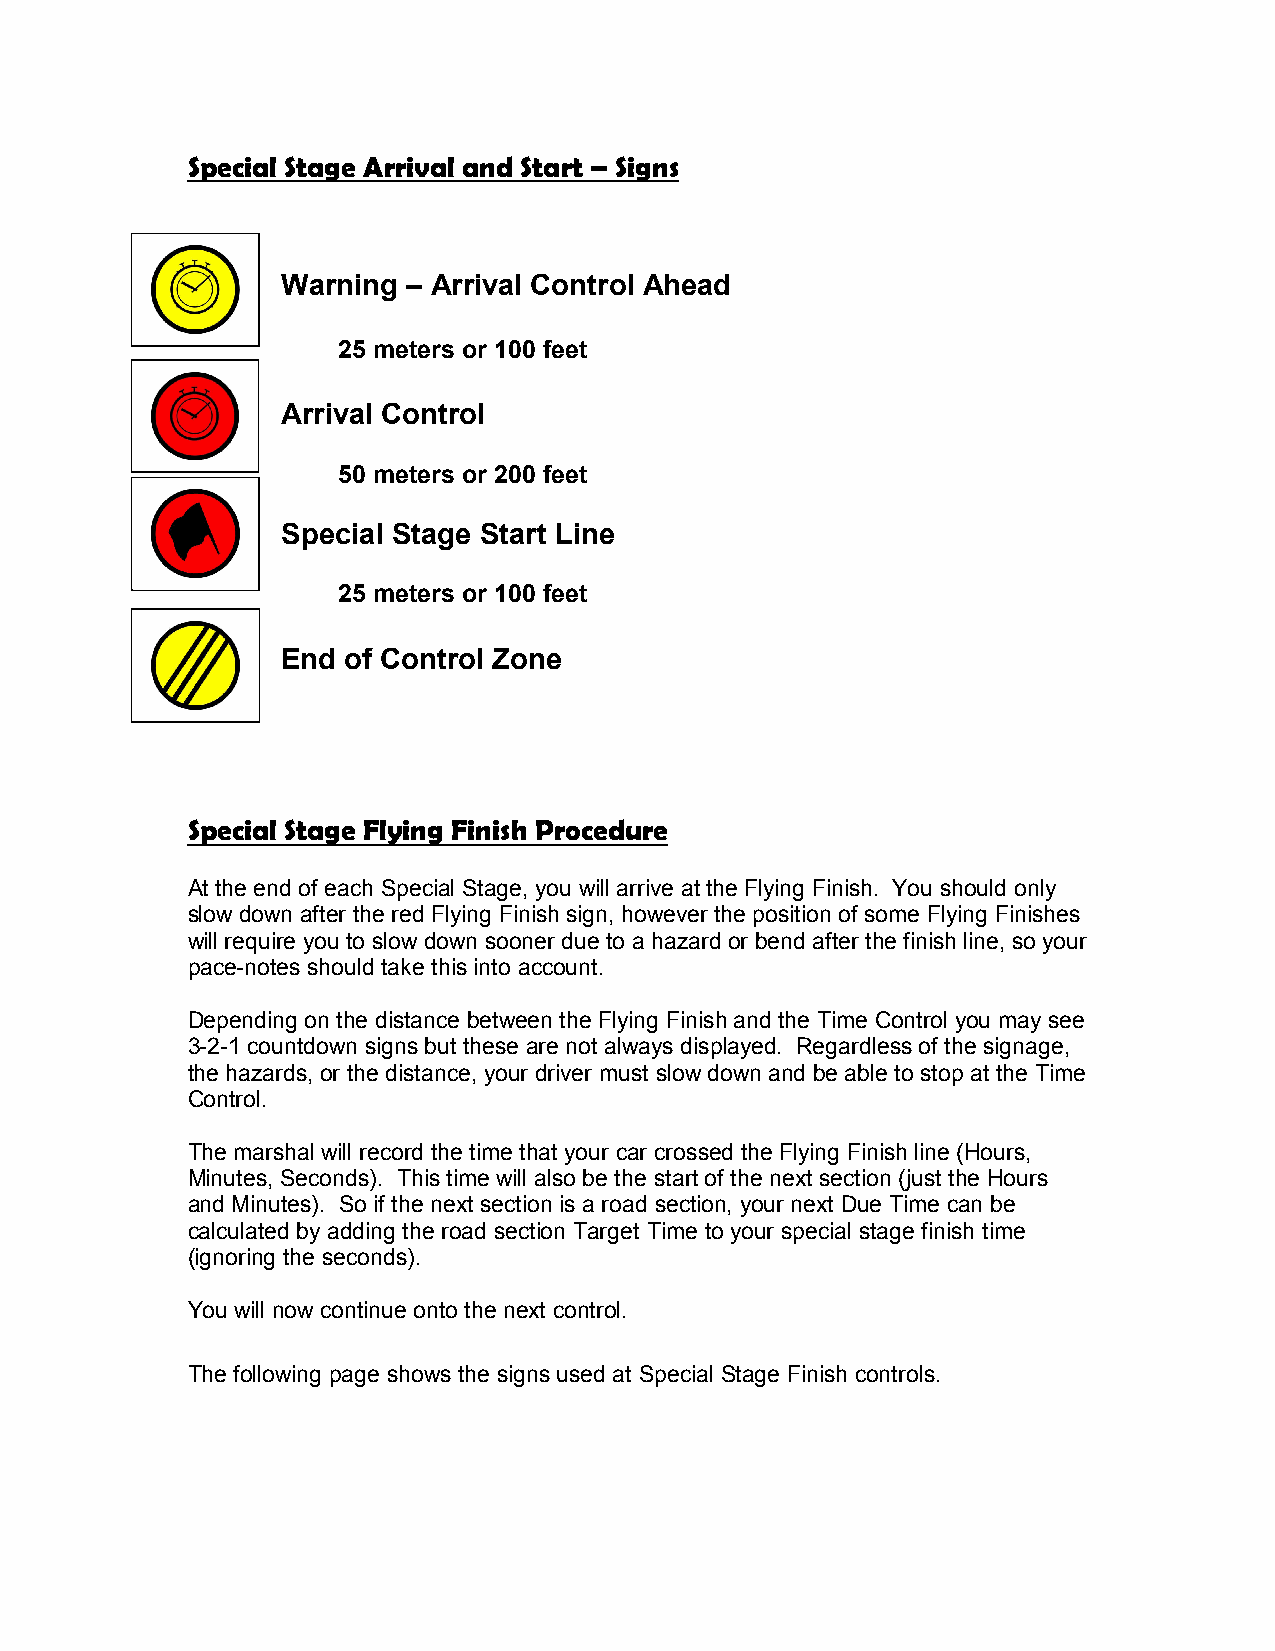
Special Stage Arrival and Start – Signs
 Warning – Arrival Control Ahead
 25 meters or 100 feet
 Arrival Control
 50 meters or 200 feet
 Special Stage Start Line
 25 meters or 100 feet
 End of Control Zone
 Special Stage Flying Finish Procedure
 At the end of each Special Stage, you will arrive at the Flying Finish. You should only
 slow down after the red Flying Finish sign, however the position of some Flying Finishes
 will require you to slow down sooner due to a hazard or bend after the finish line, so your
 pace-notes should take this into account.
 Depending on the distance between the Flying Finish and the Time Control you may see
 3-2-1 countdown signs but these are not always displayed. Regardless of the signage,
 the hazards, or the distance, your driver must slow down and be able to stop at the Time
 Control.
 The marshal will record the time that your car crossed the Flying Finish line (Hours,
 Minutes, Seconds). This time will also be the start of the next section (just the Hours
 and Minutes). So if the next section is a road section, your next Due Time can be
 calculated by adding the road section Target Time to your special stage finish time
 (ignoring the seconds).
 You will now continue onto the next control.
 The following page shows the signs used at Special Stage Finish controls.